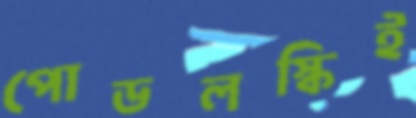
পোডলস্কিই